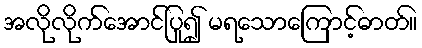
အလိုလိုက်အောင်ပြု၍ မရသောကြောင့်ဓာတ်။